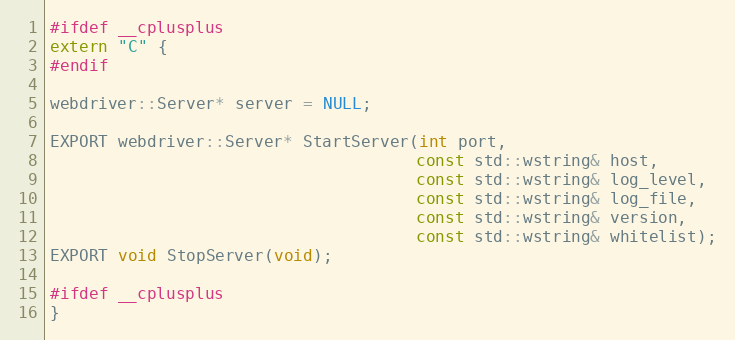
Language: C
#ifdef __cplusplus
extern "C" {
#endif

webdriver::Server* server = NULL;

EXPORT webdriver::Server* StartServer(int port,
                                      const std::wstring& host,
                                      const std::wstring& log_level,
                                      const std::wstring& log_file,
                                      const std::wstring& version,
                                      const std::wstring& whitelist);
EXPORT void StopServer(void);

#ifdef __cplusplus
}